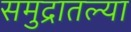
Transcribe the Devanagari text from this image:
समुद्रातल्या